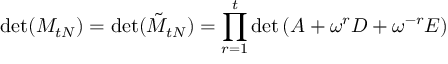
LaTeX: \operatorname * { d e t } ( M _ { t N } ) = \operatorname * { d e t } ( \tilde { M } _ { t N } ) = \prod _ { r = 1 } ^ { t } \operatorname * { d e t } \left( A + \omega ^ { r } D + \omega ^ { - r } E \right)